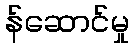
န်ဆောင်မှု